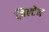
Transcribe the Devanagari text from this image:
ज़िल्टेन